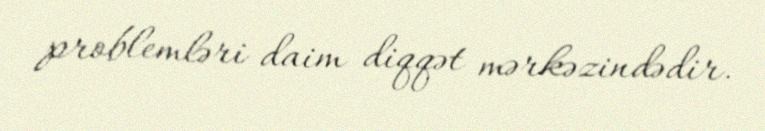
problemləri daim diqqət mərkəzindədir.